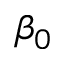
\beta _ { 0 }